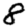
Digit: 8